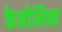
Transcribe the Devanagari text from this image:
फेनोमिना